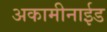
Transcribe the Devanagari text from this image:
अकामीनाईड